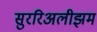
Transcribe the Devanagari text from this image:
सुररिअलीझम